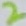
Text: 2